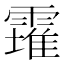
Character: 𩅚